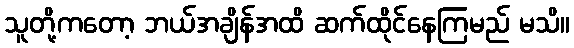
သူတို့ကတော့ ဘယ်အချိန်အထိ ဆက်ထိုင်နေကြမည် မသိ။